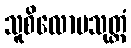
သူစိလောမသုတ္တံ